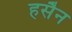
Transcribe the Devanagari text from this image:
हसैन